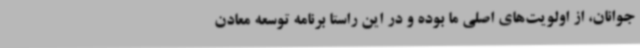
جوانان، از اولویت‌های اصلی ما بوده و در این راستا برنامه توسعه معادن